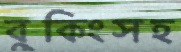
বুকিংসহ